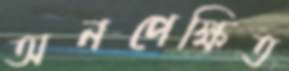
অনপেক্ষিত